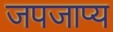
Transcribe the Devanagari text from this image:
जपजाप्य